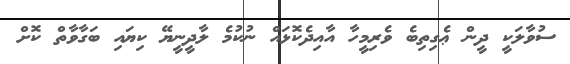
ސުވާލަކީ ދީންް ޢެެެގިތިބެ ވެރިމީހާ އާއިދެކޮޅައް ނުކުމެ ލާދީނީޔޭ ކިޔައި ބަގާވާތް ކޮށް